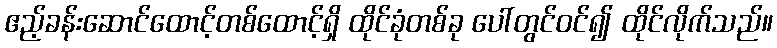
ဧည့်ခန်းဆောင်ထောင့်တစ်ထောင့်ရှိ ထိုင်ခုံတစ်ခု ပေါ်တွင်ဝင်၍ ထိုင်လိုက်သည်။